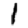
Digit: 1